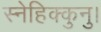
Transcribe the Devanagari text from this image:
स्नेहिक्कुनु।